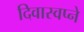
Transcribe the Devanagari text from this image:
दिवास्वप्ने